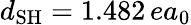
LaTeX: d_{\mathrm{SH}}=1.482\, ea_{0}